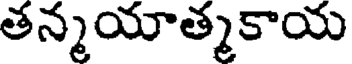
తన్మయాత్మకాయ